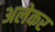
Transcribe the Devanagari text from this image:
अलेकर